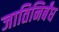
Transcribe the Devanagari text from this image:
जातिनिर्बंध